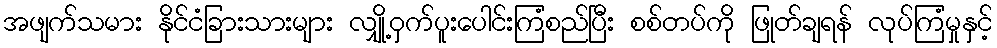
အဖျက်သမား နိုင်ငံခြားသားများ လျှို့ဝှက်ပူးပေါင်းကြံစည်ပြီး စစ်တပ်ကို ဖြုတ်ချရန် လုပ်ကြံမှုနှင့်